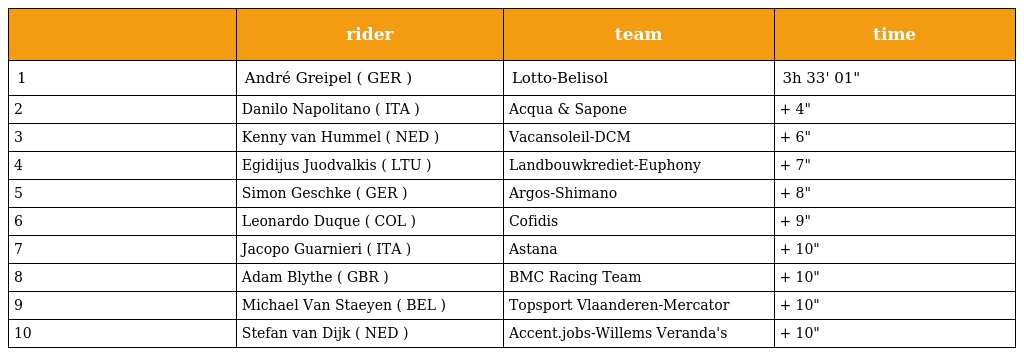
|  | rider | team | time |
 | --- | --- | --- | --- |
 | 1 | André Greipel ( GER ) | Lotto-Belisol | 3h 33' 01" |
 | 2 | Danilo Napolitano ( ITA ) | Acqua & Sapone | + 4" |
 | 3 | Kenny van Hummel ( NED ) | Vacansoleil-DCM | + 6" |
 | 4 | Egidijus Juodvalkis ( LTU ) | Landbouwkrediet-Euphony | + 7" |
 | 5 | Simon Geschke ( GER ) | Argos-Shimano | + 8" |
 | 6 | Leonardo Duque ( COL ) | Cofidis | + 9" |
 | 7 | Jacopo Guarnieri ( ITA ) | Astana | + 10" |
 | 8 | Adam Blythe ( GBR ) | BMC Racing Team | + 10" |
 | 9 | Michael Van Staeyen ( BEL ) | Topsport Vlaanderen-Mercator | + 10" |
 | 10 | Stefan van Dijk ( NED ) | Accent.jobs-Willems Veranda's | + 10" |